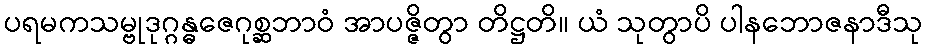
ပရမကသမ္ဗုဒုဂ္ဂန္ဓဇေဂုစ္ဆဘာဝံ အာပဇ္ဇိတွာ တိဋ္ဌတိ။ ယံ သုတွာပိ ပါနဘောဇနာဒီသု